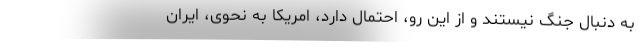
به دنبال جنگ نیستند و از این رو، احتمال دارد، امریکا به نحوی، ایران